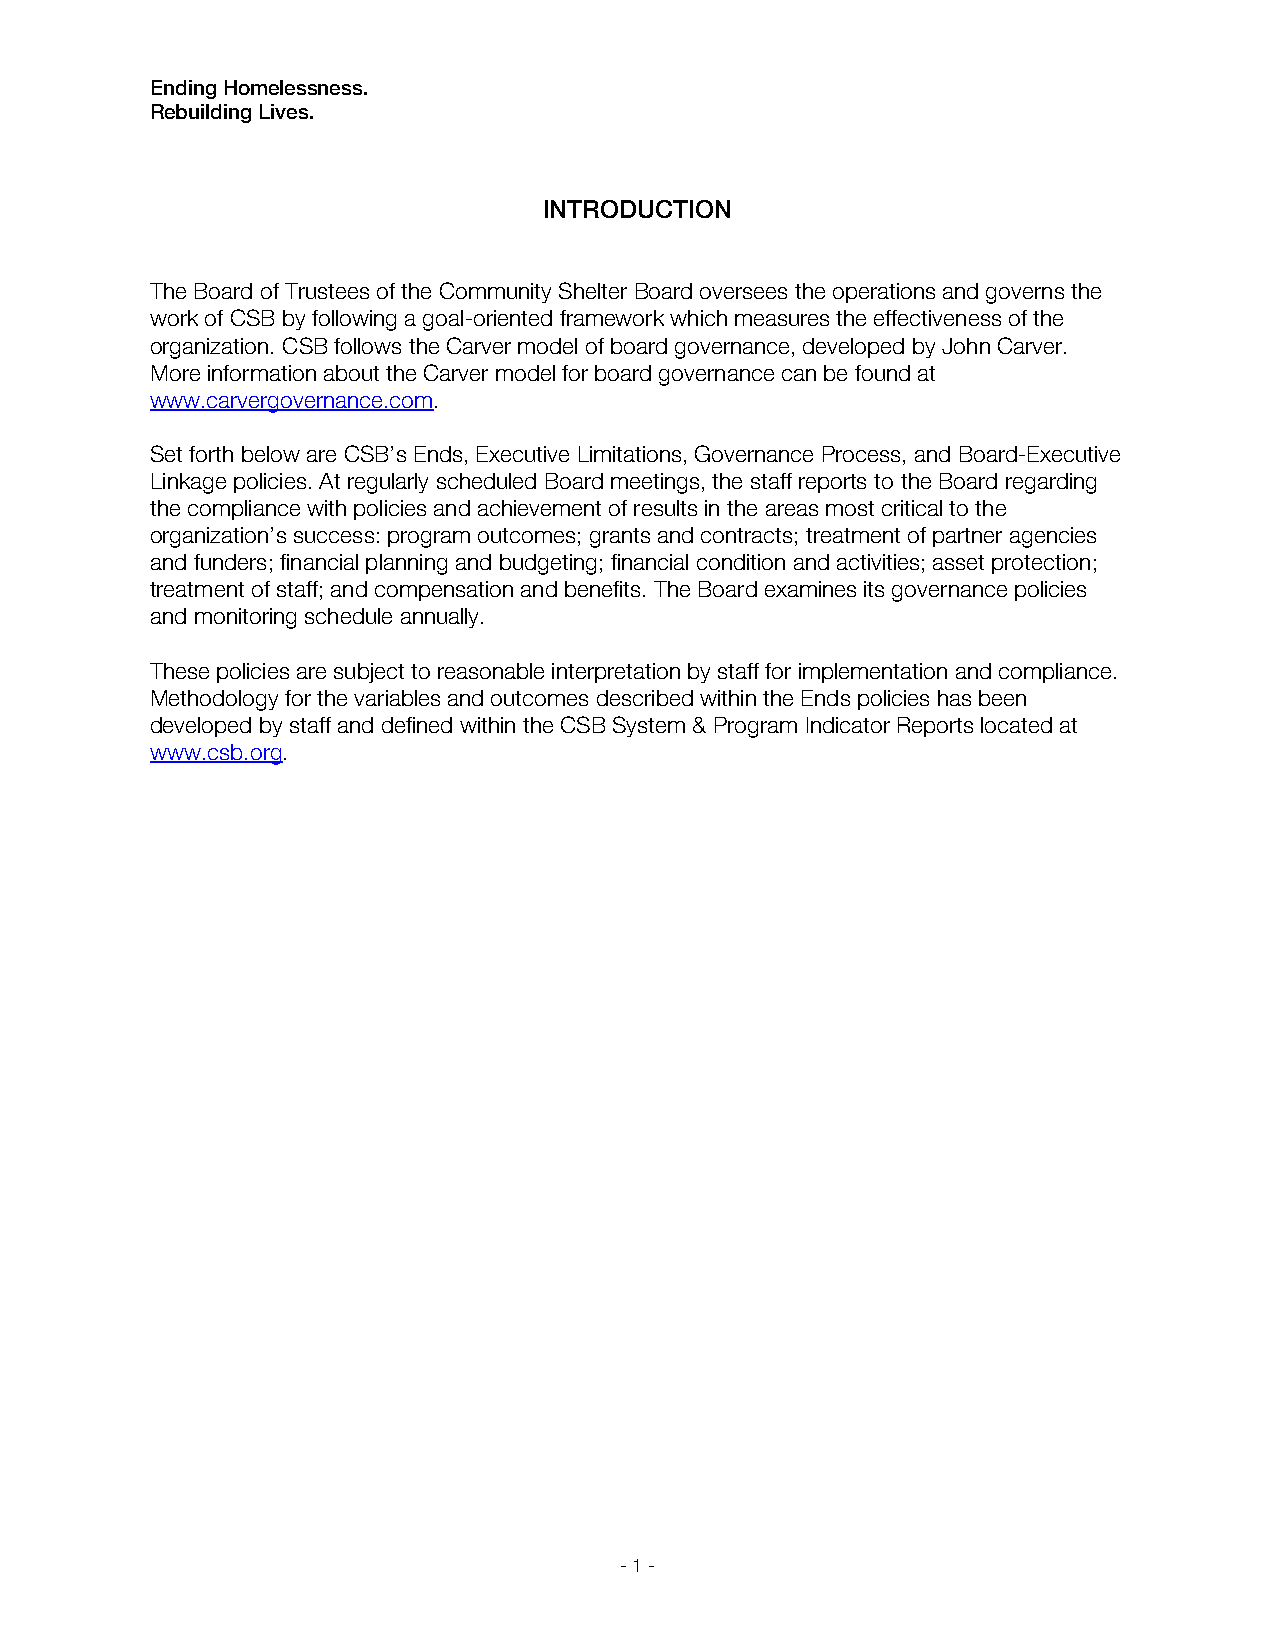
Ending Homelessness.
 Rebuilding Lives.
 INTRODUCTION
 The Board of Trustees of the Community Shelter Board oversees the operations and governs the
 work of CSB by following a goal-oriented framework which measures the effectiveness of the
 organization. CSB follows the Carver model of board governance, developed by John Carver.
 More information about the Carver model for board governance can be found at
 www.carvergovernance.com.
 Set forth below are CSB’s Ends, Executive Limitations, Governance Process, and Board-Executive
 Linkage policies. At regularly scheduled Board meetings, the staff reports to the Board regarding
 the compliance with policies and achievement of results in the areas most critical to the
 organization’s success: program outcomes; grants and contracts; treatment of partner agencies
 and funders; financial planning and budgeting; financial condition and activities; asset protection;
 treatment of staff; and compensation and benefits. The Board examines its governance policies
 and monitoring schedule annually.
 These policies are subject to reasonable interpretation by staff for implementation and compliance.
 Methodology for the variables and outcomes described within the Ends policies has been
 developed by staff and defined within the CSB System & Program Indicator Reports located at
 www.csb.org.
 - 1 -